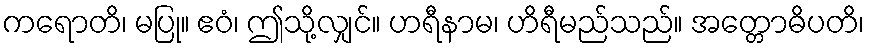
ကရောတိ၊ မပြု။ ဧဝံ၊ ဤသို့လျှင်။ ဟရီနာမ၊ ဟိရီမည်သည်။ အတ္တောဓိပတိ၊